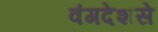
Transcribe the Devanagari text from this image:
वंगदेशसे